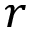
r